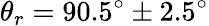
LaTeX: \theta_{r}=90.5^{\circ}\pm 2.5^{\circ}